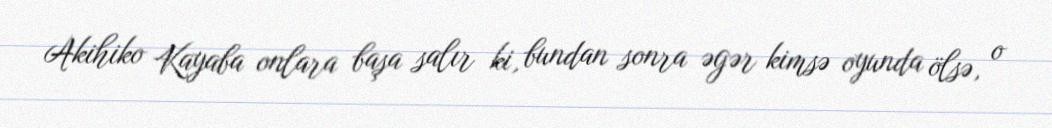
Akihiko Kayaba onlara başa salır ki, bundan sonra əgər kimsə oyunda ölsə, o